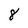
Character: 8